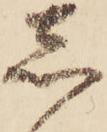
し